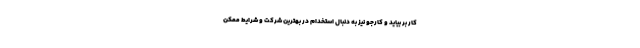
کار بر بیاید و کارجو نیز به دنبال استخدام در بهترین شرکت و شرایط ممکن